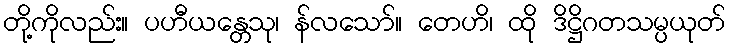
တို့ကိုလည်း။ ပဟီယန္တေသု၊ န်လသော်။ တေဟိ၊ ထို ဒိဋ္ဌိဂတသမ္ပယုတ်